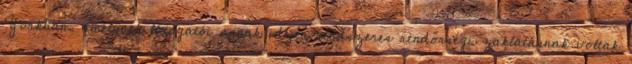
Yorkban, amelynek látogatói annak idején rendszeres rendőrségi zaklatásnak voltak